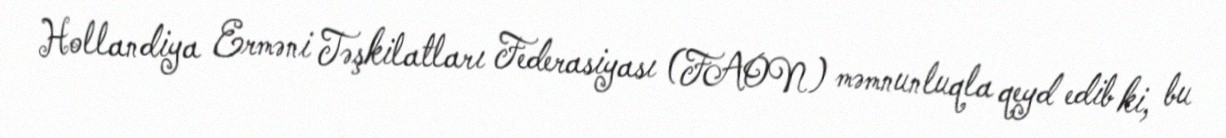
Hollandiya Erməni Təşkilatları Federasiyası (FAON) məmnunluqla qeyd edib ki, bu